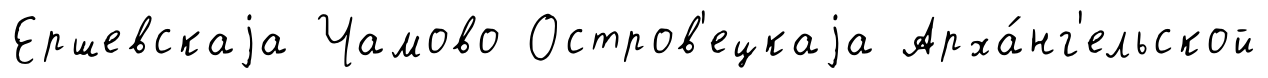
Ершевскаjа Чамово Остров'ецкаjа Арха́нг'ельской